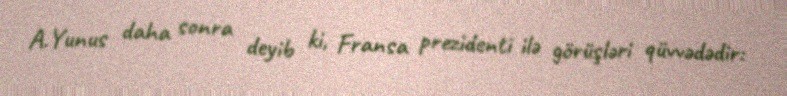
A.Yunus daha sonra deyib ki, Fransa prezidenti ilə görüşləri qüvvədədir: